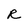
Character: R